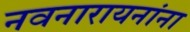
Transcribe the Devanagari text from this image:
नवनारायनांना